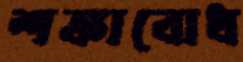
শঙ্কাবোধ